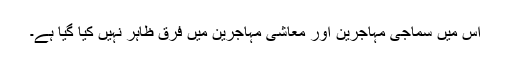
اس میں سماجی مہاجرین اور معاشی مہاجرین میں فرق ظاہر نہیں کیا گیا ہے۔